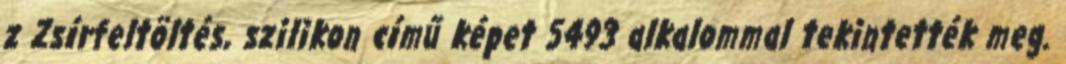
z Zsírfeltöltés, szilikon című képet 5493 alkalommal tekintették meg.